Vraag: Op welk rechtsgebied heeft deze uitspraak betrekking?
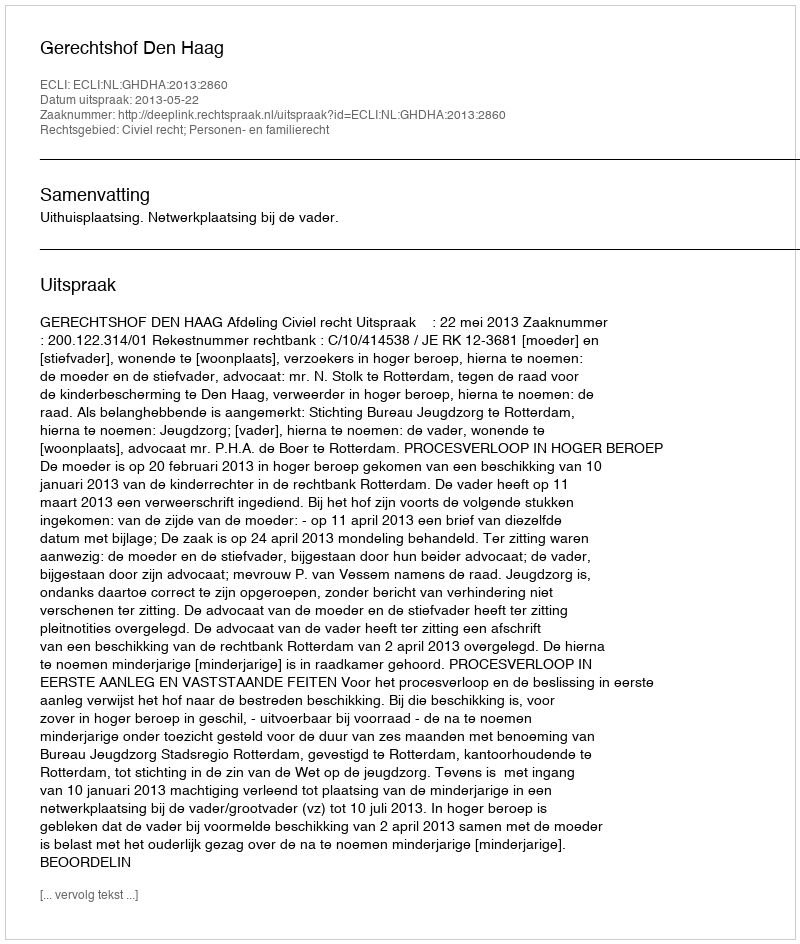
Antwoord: Civiel recht; Personen- en familierecht